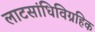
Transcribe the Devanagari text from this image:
लाटसांधिविग्रहिक